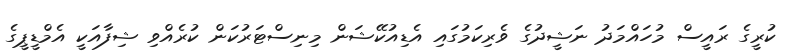
ކުރީގެ ރައީސް މުހައްމަދު ނަޝީދުގެ ވެރިކަމުގައި އެޑިއުކޭޝަން މިނިސްޓަރުކަން ކުރެއްވި ޝިފާއަކީ އެމްޑީޕީގެ